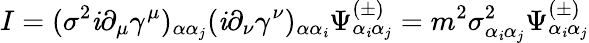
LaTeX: I=(\sigma^{2}\mathit{i}\partial_{\mu}\gamma^{\mu})_{\alpha\alpha_{j}}(\mathit{i}\partial_{\nu}\gamma^{\nu})_{\alpha\alpha_{\mathit{i}}}\Psi_{\alpha_{\mathit{i}}\alpha_{j}}^{(\pm)}=m^{2}\sigma_{\alpha_{\mathit{i}}\alpha_{j}}^{2}\Psi_{\alpha_{\mathit{i}}\alpha_{j}}^{(\pm)}